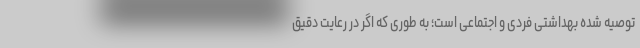
توصیه شده بهداشتی فردی و اجتماعی است؛ به طوری که اگر در رعایت دقیق